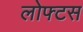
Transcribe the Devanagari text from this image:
लोफ्टस